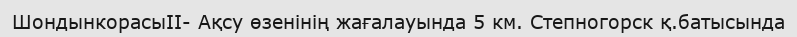
ШондынкорасыII- Ақсу өзенінің жағалауында 5 км. Степногорск қ.батысында